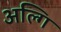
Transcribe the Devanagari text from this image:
अल्गि